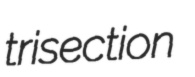
trisection